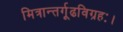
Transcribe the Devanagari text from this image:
मित्रान्तर्गूढविग्रहः।